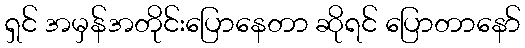
ရှင် အမှန်အတိုင်းပြောနေတာ ဆိုရင် ပြောတာနော်